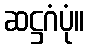
ဆဋ္ဌဂံပုံ။